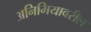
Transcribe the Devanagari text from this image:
अनिमियावरील